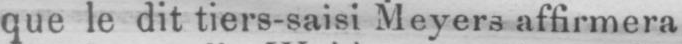
que le dit tiers-saisi Meyers affirmera